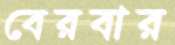
বেরবার